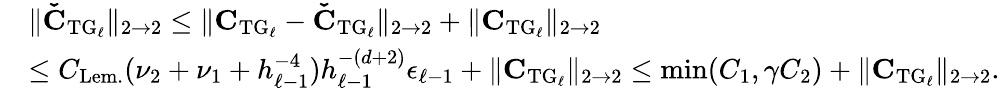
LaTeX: \begin{array}{rl}&{\| \boldsymbol{\mathbf{\check{C}}}_{\mathrm{TG}_{\ell}}\| _{2\to 2}\le\| \boldsymbol{\mathbf{C}}_{\mathrm{TG}_{\ell}}-\boldsymbol{\mathbf{\check{C}}}_{\mathrm{TG}_{\ell}}\| _{2\to 2}+\| \boldsymbol{\mathbf{C}}_{\mathrm{TG}_{\ell}}\| _{2\to 2}}\\ &{\le C_{\mathrm{Lem.}}(\nu_{2}+\nu_{1}+h_{\ell-1}^{-4})h_{\ell-1}^{-(d+2)}\epsilon_{\ell-1}+\| \boldsymbol{\mathbf{C}}_{\mathrm{TG}_{\ell}}\| _{2\to 2}\le\operatorname*{min}(C_{1},\gamma C_{2})+\| \boldsymbol{\mathbf{C}}_{\mathrm{TG}_{\ell}}\| _{2\to 2}.}\end{array}